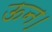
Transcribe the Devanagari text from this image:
ऊन।